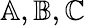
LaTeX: \mathbb{A},\mathbb{B},\mathbb{C}